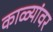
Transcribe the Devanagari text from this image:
काळ्यांवर